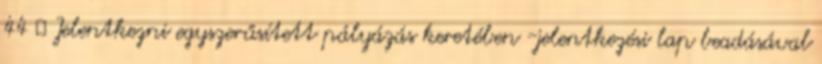
44  Jelentkezni egyszerűsített pályázás keretében -jelentkezési lap beadásával